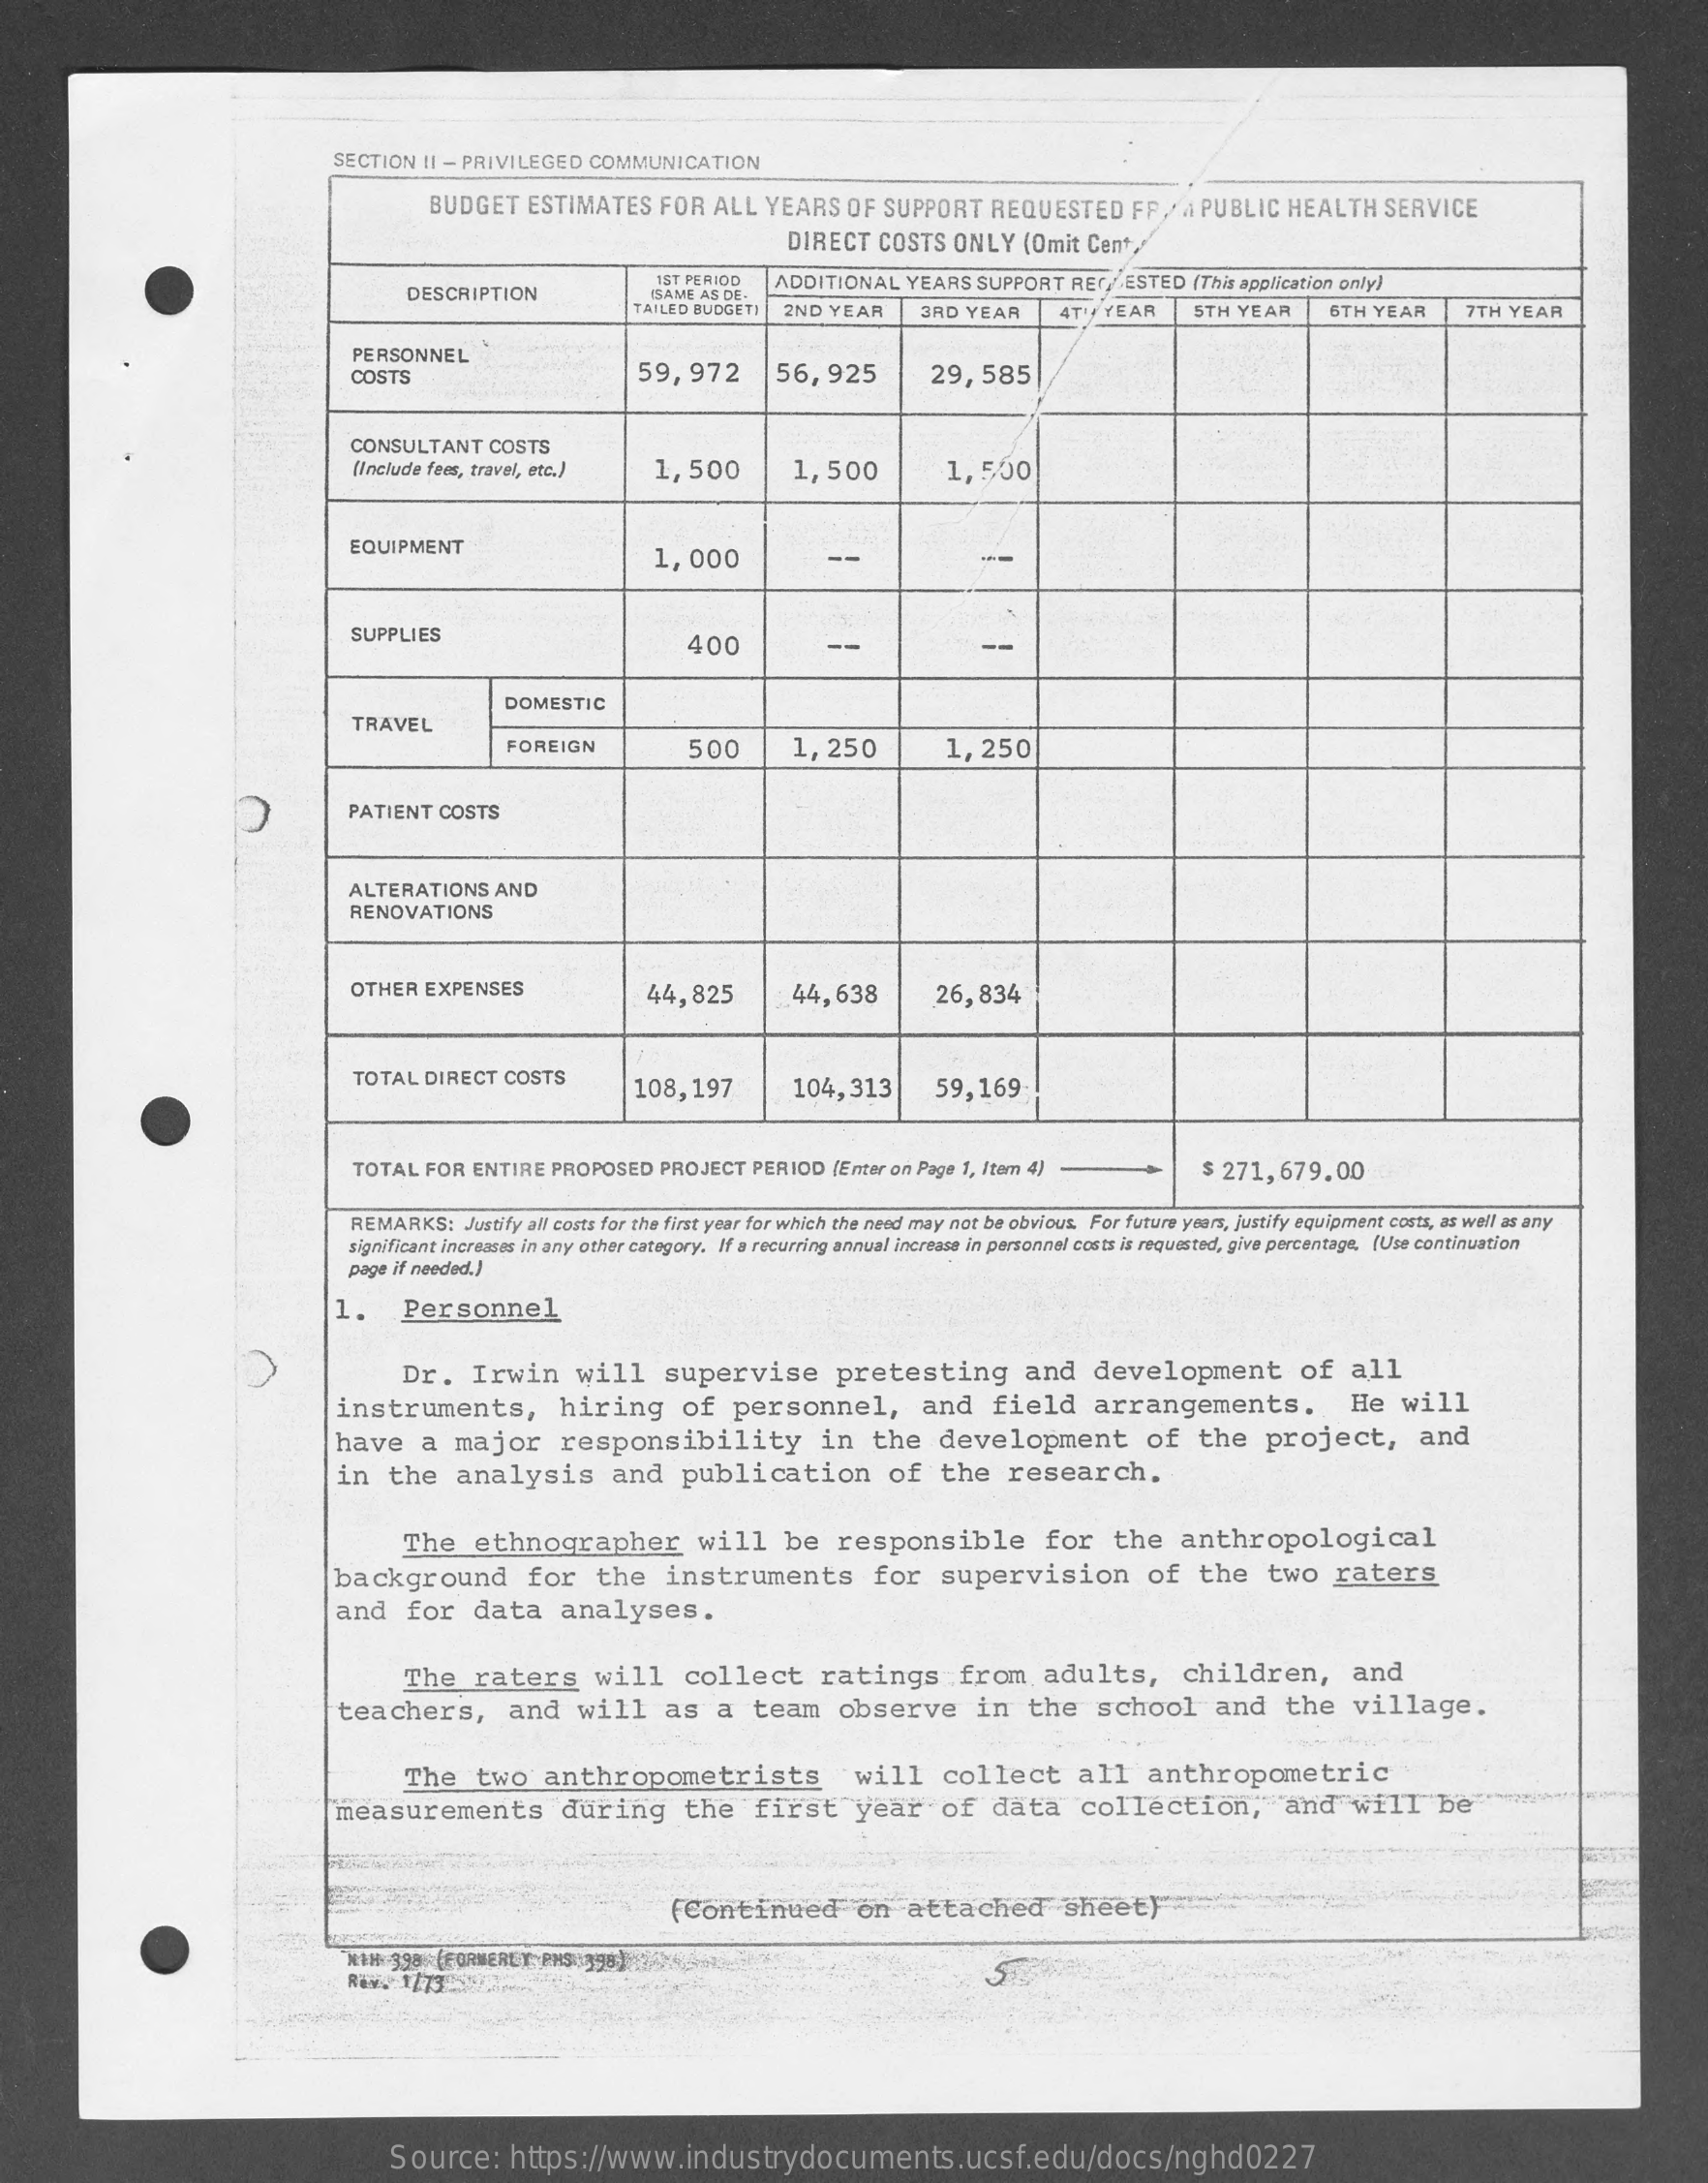
SECTION   II - PRIVILEGED  COMMUNICATION
     BUDGET    ESTIMATES    FOR  ALL   YEARS   OF  SUPPORT    REQUESTED    FP,  A PUBLIC   HEALTH    SERVICE
     DIRECT   COSTS   ONLY   (Omit  Cent,
     DESCRIPTION
     1ST PERIOD  ADDITIONAL    YEARS  SUPPORT   RETESTED    (This application only)
     ISAME AS DE-
     FAILED BUDGET) 2ND  YEAR    3RD YEAR    4T / YEAR    5TH YEAR    6TH  YEAR    7TH  YEAR
     PERSONNEL
     COSTS    59,972    56,925    29,585
     CONSULTANT    COSTS
     Include fees, travel, etc.)    1,500    1,500    1,500
     EQUIPMENT
     1,000    --
     SUPPLIES    400    --    --
     TRAVEL
     DOMESTIC
     FOREIGN    500    1,250    1,250
     PATIENT  COSTS
     ALTERATIONS    AND
     RENOVATIONS
     OTHER   EXPENSES    44,825    44,638    26,834
     TOTAL   DIRECT  COSTS
     108,197    104,313    59,169
     TOTAL   FOR  ENTIRE  PROPOSED    PROJECT  PERIOD   (Enter on Page 1, Item 4)    $ 271,  679.00
     REMARKS:    Justify all costs for the first year for which the need may not be obvious. For future years, justify equipment costs, as well as any
     page if needed.)
     significant increases in any other category. If a recurring annual increase in personnel costs is requested, give percentage, (Use continuation
     1.    Personnel
     Dr.   Irwin    will    supervise    pretesting    and    development    of   all
     instruments,    hiring    of   personnel,    and    field    arrangements.    He   will
     have    a   major    responsibility    in   the    development    of    the    project,    and
     in   the    analysis    and    publication    of   the    research.
     The    ethnographer    will    be    responsible    for    the    anthropological
     background    for    the    instruments    for    supervision    of    the    two    raters
     and    for    data    analyses.
     The    raters    will    collect    ratings    from    adults,    children,    and
     teachers,    and    will    as    a   team    observe    in    the    school    and    the    village.
     The    two    anthropometrists    will    collect    all    anthropometric
     measurements    during    the    first    year    of   data    collection,    and    will    be
     (Continued    on   attached    sheet)
     NTH 399  (FORMEREX  PHS0398 ]1735
     Rev.  1773
     Source:    https://www.industrydocuments.ucsf.edu/docs/nghd0227